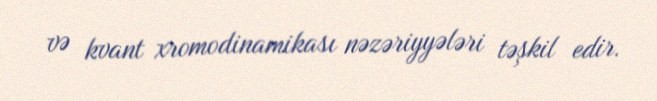
və kvant xromodinamikası nəzəriyyələri təşkil edir.